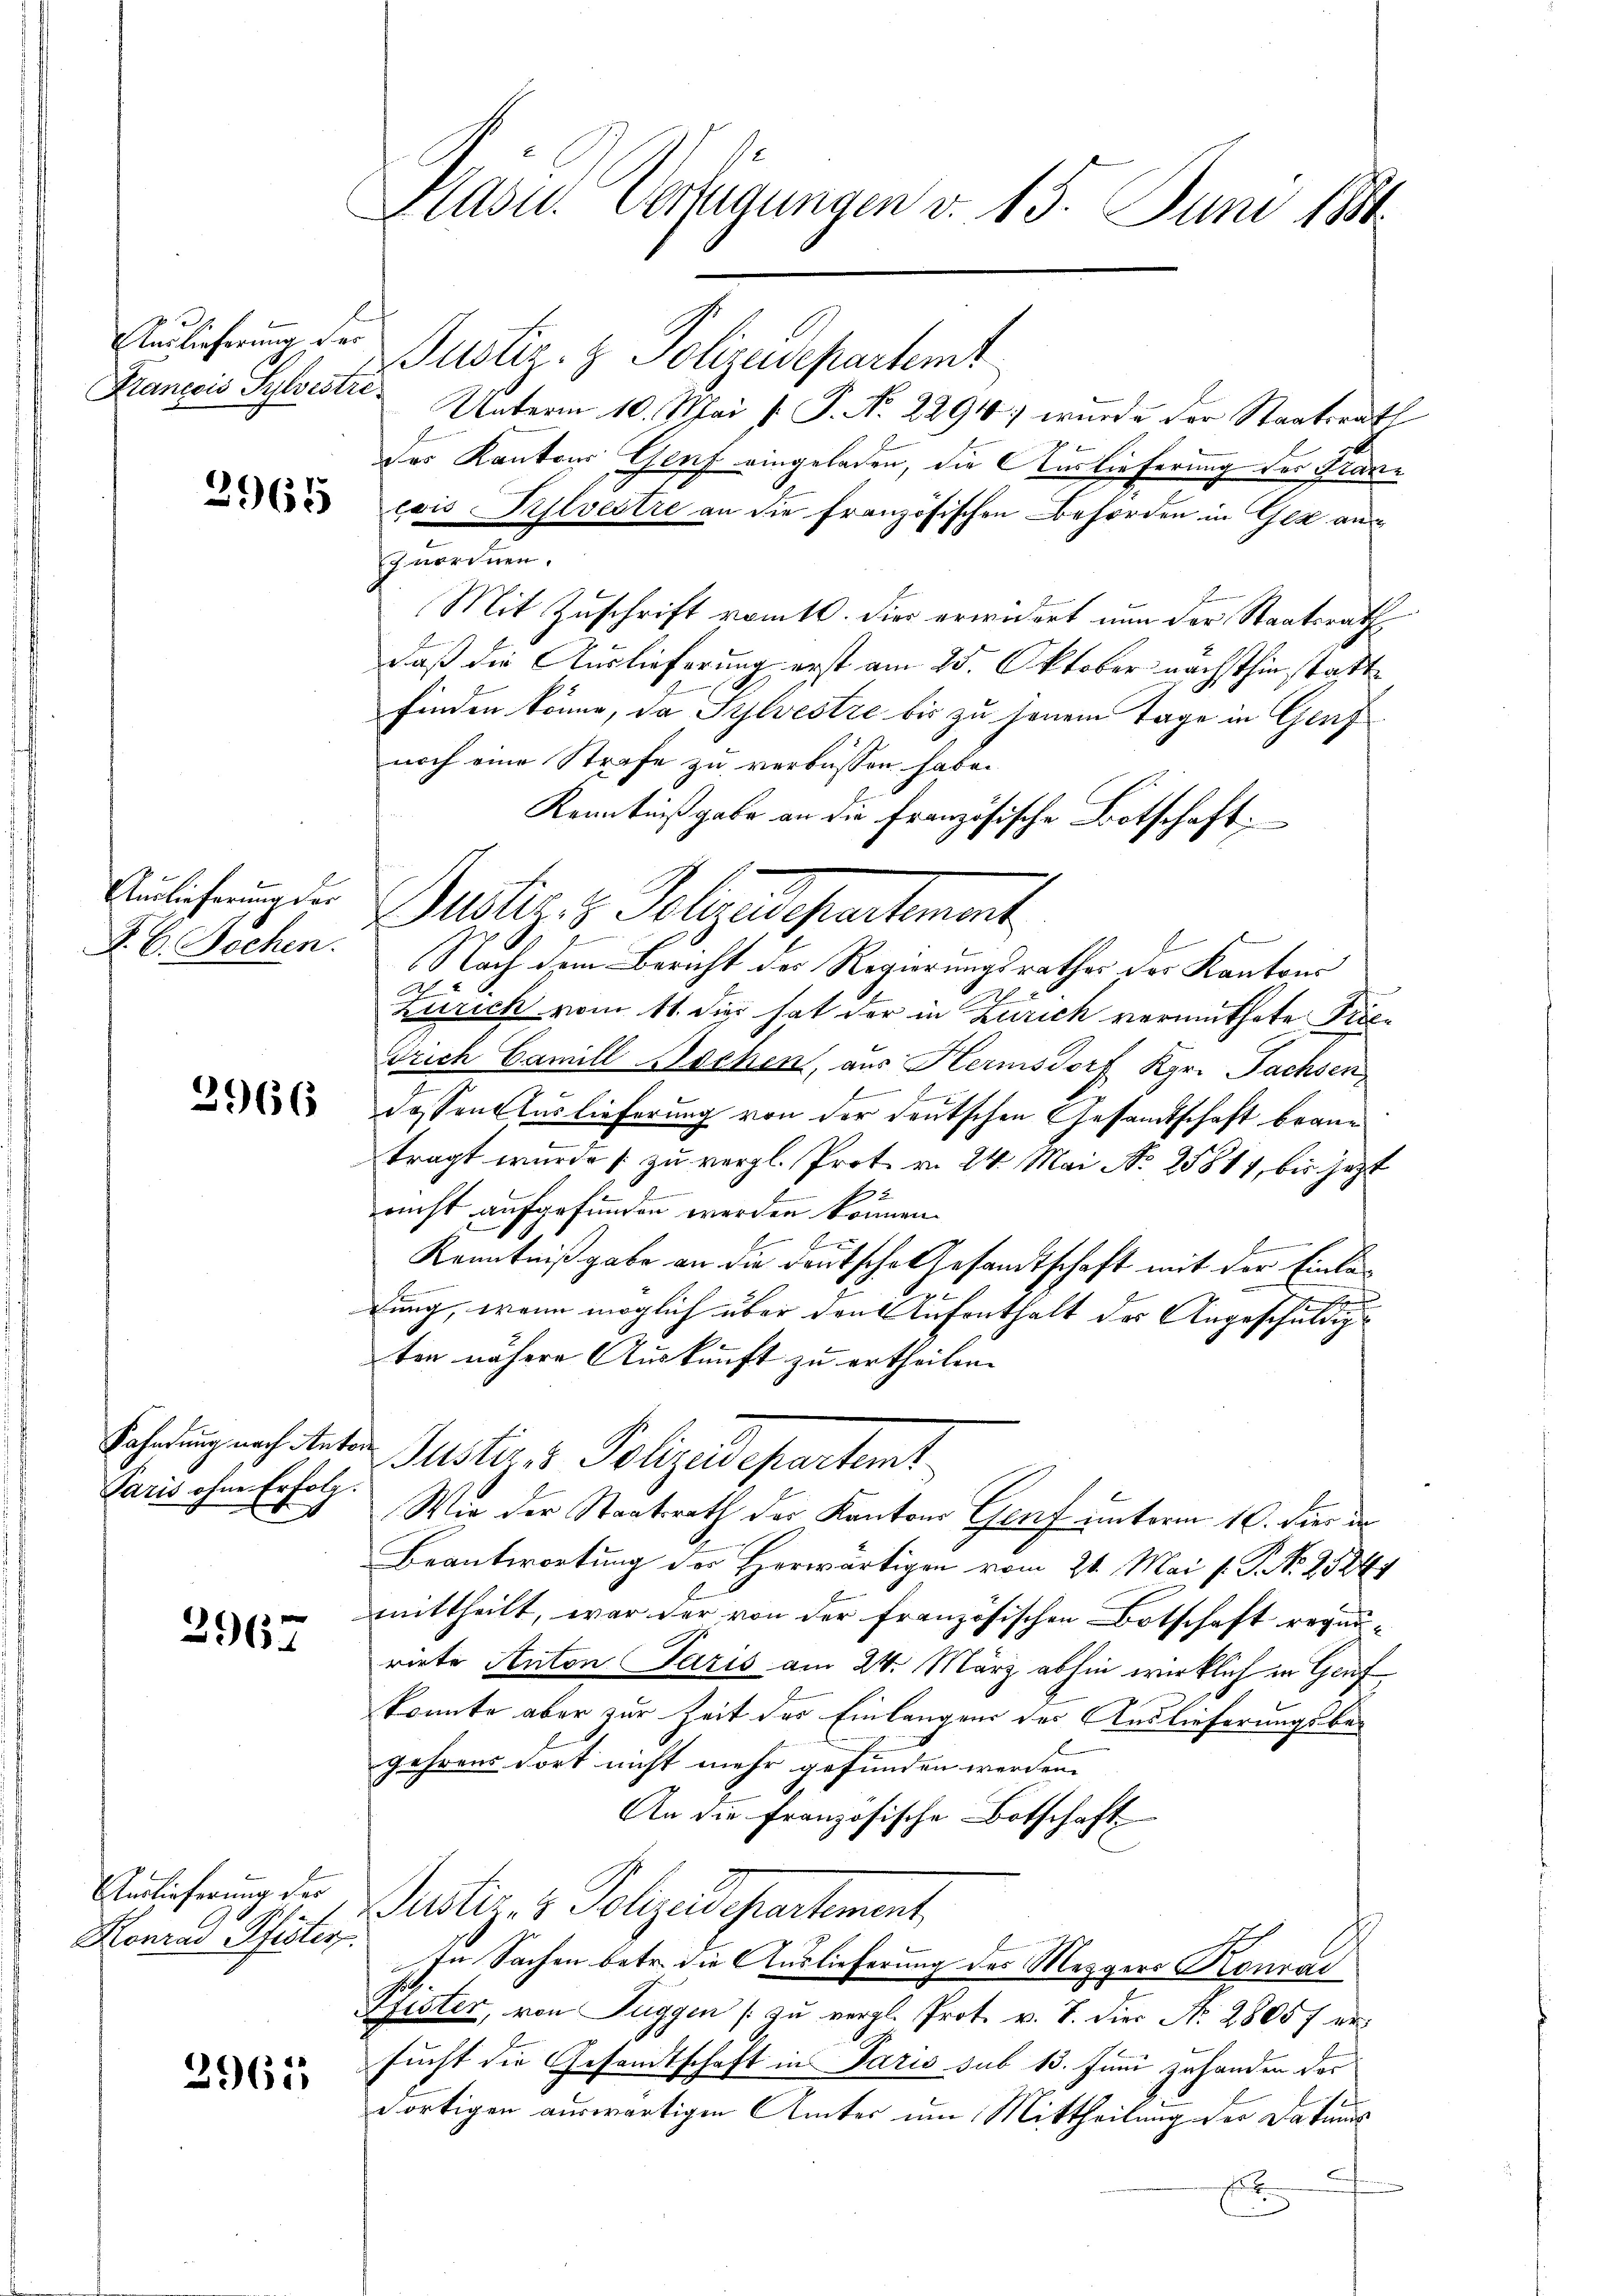
Auslieferung der
Krancois Sylvestre¬

2965

Auslieferung der
P. C. Dochen.

3966

Paris ohne Erfolg.
t

2967

Verlieferung der
ha
Konrad Pfisters

2965

Präses Verfügungen v. 15. Juni 184

Justiz- & Polizeidepartemt
Unterm 10. Mai v. P. Nr. 2294; wurde der Staatsrath
des Kantons Genf eingeladen, die Auslieferung der Fraue
cois Sylvestre an die französischen Behörden in Gek ause
zuordnen.
Mit Zuschrift romtl. Dies erwidert nun der Staatsrath
daß die Auslieferung erst am 25. Oktober nächsthin stattfinden könne, da Sylvestze bis zu jenem Tage in Genf
noch eine Strafe zu verbüssen habe.
Kenntnißgabe an die französische Botschaft.
Mustiz- & Polizeidepartement
2
Nach dem Bericht des Regierungsrathes der Kantons
Zürich vom 11. dies hat der in Zürich vermuthete Prie¬
Trich Camill schen, aus Hermsdorf Kgr. Fachsen
2
dessen Auslieferung von der deutschen Gesandtschaft brautragt wurde zu vergl. Prot. v. 24. Mai No 25811, bis jetzt
rricht aufgefunden werden können.
e
2
Kenntnißgabe an die deutsche Gesandtschaft mit der Einlax
dung, wenn möglich über den Aufenthalt der Angeschuldigten nähere Auskunft zu ertheilen.
Fahndung nach Anton Justiz- & Polizeidepartemt
Wie der Staatsrath der Kantons Genf unterm 10. dies dr
Beantwortung der Herwärtigen vom 24. Mai l. P. Nr. 25241
mittheilt, war der von der französischen Botschaft requirirte Anton Paris am 24. März abhin wirklich in Genf
konnte aber zur Zeit des Einlängens der Auslieferungsbegehrens dort nicht mehr gefunden werden.
An die französische Botschaft
Justiz- & Polizeidepartement,
In Sachen betr. die Auslieferung des Mezgers Konrad
Pfister, von Tuggen [zu vergl. Prot. v. J. die No. 2805 f ersucht die Gesandtschaft in Paris sub 13. Juni zuhanden der
dortigen auswärtigen Ämter um Mittheilung der Datums
x